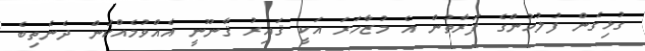
ގުޅިގެން ފުލުހުންގެ ފަރާތުން އެ މުޒާހަރަ އަކީ ޤައިރު ޤާނޫނީ އެއްވުމެއްކަން ދެނެތިބެ